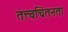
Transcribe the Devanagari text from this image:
तत्त्वचिंतनता